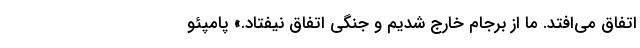
اتفاق می‌افتد. ما از برجام خارج شدیم و جنگی اتفاق نیفتاد.» پامپئو